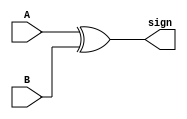
//Sandeep Joshua Daniel       2020H1030135P
//Abhinav Anand               2020H1030130P

module get_sign(A, B, sign); // this is to get the sign of the output
  input A, B;
  output sign;

  xor(sign,A,B);
endmodule
//This is now directly implemented in the division module
//module get_exp(A,B, exp);// this is to get the exponent of the result. depending on the division of the mantissa this value will be altered
//  input [7:0] A, B;
//  output [7:0]exp;
//  assign exp = A - B +8'd127; // we subract 127 because exponents are stored in excess 128 form.
//endmodule

module division (i_divisor, i_dividend, result,clk, done, expo, reset, except, expA, expB);
  //reg [23:0];
  input clk, reset;
  input wire [7:0] expA, expB;
  input [31:0]i_dividend, i_divisor;
  reg [23:0]quotient;
  reg [7:0]exponent_diff = 8'd0;
  output reg [7:0]expo;
  reg first_bit = 1'b0;
  output reg done = 1'b0;
  output reg [22:0]result;
  output reg [1:0]except;
  reg [32:0] dividend, divisor;

  always @ ( posedge clk, negedge reset) begin // this implements a asynchronous reset (basically in will reset exactly at the time the reset button is pressed)
    dividend = i_dividend;
    divisor = i_divisor;
    if (divisor[31:0] == 32'b0 && expB[7:0] == 8'b0 && done == 1'b0) begin
      except = 2'b00;
      done = 1'b1;
      result = 23'b0;
      expo = 8'b0;
    end
    if (dividend[31:0] == 32'b0 && expA[7:0] == 8'b0 && done == 1'b0) begin
      result = 23'b0;
      expo = 8'b0;
      done = 1'b1;
    end
    if(done == 1'b0) begin
      while (quotient[23] != 1'b1) begin
        if (dividend >= divisor) begin
          dividend = dividend - divisor;    // here we just subtract the divisor from the dividend and shift the dividend left.
          dividend = dividend << 1;
          quotient = {quotient[22:0], 1'b1}; // this is to shift the quotient left and add 1 to the lsb.
          if (first_bit == 1'b0) begin
            first_bit = 1'b1;
          end
        end else begin
          dividend = dividend << 1;
          quotient = {quotient[22:0], 1'b0};
          if (first_bit == 1'b0) begin             //until we get the first bit i.e. the first time the divisor is less than the dividend the exponent value will decrease
            exponent_diff = exponent_diff + 1;
          end
        end

        if (dividend[31:0] == 32'b0 && done == 1'b0) begin
          while (quotient[23] != 1'b1) begin
            quotient = quotient << 1;
            if(first_bit == 1'b0) begin           // if we haven got a first_bit by now give output 0.
              result = 23'b0;
              expo = 8'b0;
              done = 1'b1;
              //break;
            end
          end
        end
      end
      if (done == 1'b0) begin
        expo = expA - expB +8'd127;
        //get_exp exp_out (.A(expA), .B(expB), .exp(expo));
        expo = expo - exponent_diff;
        if (expo[7] == 0 && expA >= 128 && expB < 128) begin
          done = 1'b1;
          except = 2'b10;
        end else if (expo[7] == 1 && expA < 128 && expB >= 128) begin
          done = 1'b1;
          except = 2'b01;
        end
        if (quotient[23] == 1) begin
          result = quotient[22:0];
          done = 1'b1;
        end
      end
    end
  end


endmodule // division

//This module is the main module where all the sub modules will be included

module fpdiv(AbyB, DONE, EXCEPTION, InputA, InputB, CLOCK, RESET);
input CLOCK, RESET;
input [31:0] InputA, InputB;
output [31:0] AbyB;
output DONE;
output [1:0] EXCEPTION;
wire [7:0]  expAbyB;
wire [22:0]  mantAbyB;
wire  signAbyB;
wire [32:0] temp_divisor, temp_dividend;
assign temp_divisor = {1'b1,InputB[23:0],7'd0};
assign temp_dividend = {1'b1,InputA[23:0],7'd0};
get_sign s_out (.A(InputA[31]), .B(InputB[31]), .sign(signAbyB));
division divide (.i_divisor({1'b1,InputB[22:0],8'd0}), .i_dividend({1'b1,InputA[22:0],8'd0}), .result(mantAbyB), .clk(CLOCK), .done(DONE), .expo(expAbyB), .reset(RESET), .except(EXCEPTION), .expA(InputA[30:23]), .expB(InputB[30:23]));
assign AbyB = {signAbyB,expAbyB,mantAbyB};

endmodule